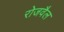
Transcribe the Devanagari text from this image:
रोजवैल